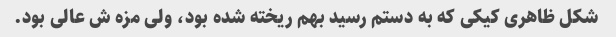
شکل ظاهری کیکی که به دستم رسید بهم ریخته شده بود، ولی مزه ش عالى بود.